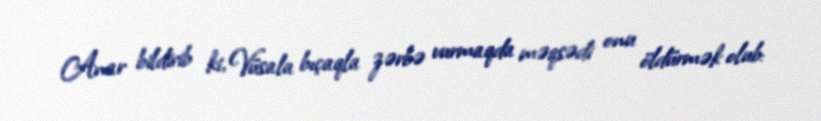
Anar bildirib ki, Vüsala bıçaqla zərbə vurmaqda məqsədi onu öldürmək olub: